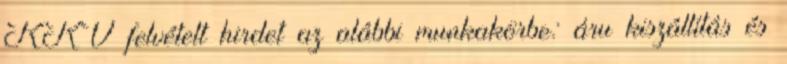
KKV felvételt hirdet az alábbi munkakörbe: áru kiszállítás és